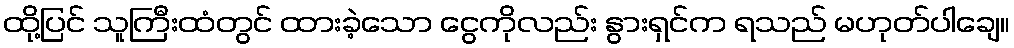
ထို့ပြင် သူကြီးထံတွင် ထားခဲ့သော ငွေကိုလည်း နွားရှင်က ရသည် မဟုတ်ပါချေ။